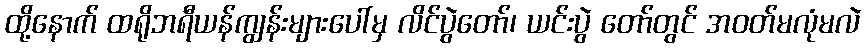
ထို့နောက် ထရိုဘရီယန်ကျွန်းများပေါ်မှ လိင်ပွဲတော်၊ ယင်းပွဲ တော်တွင် အဝတ်မလုံမလဲ